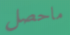
ماحصل